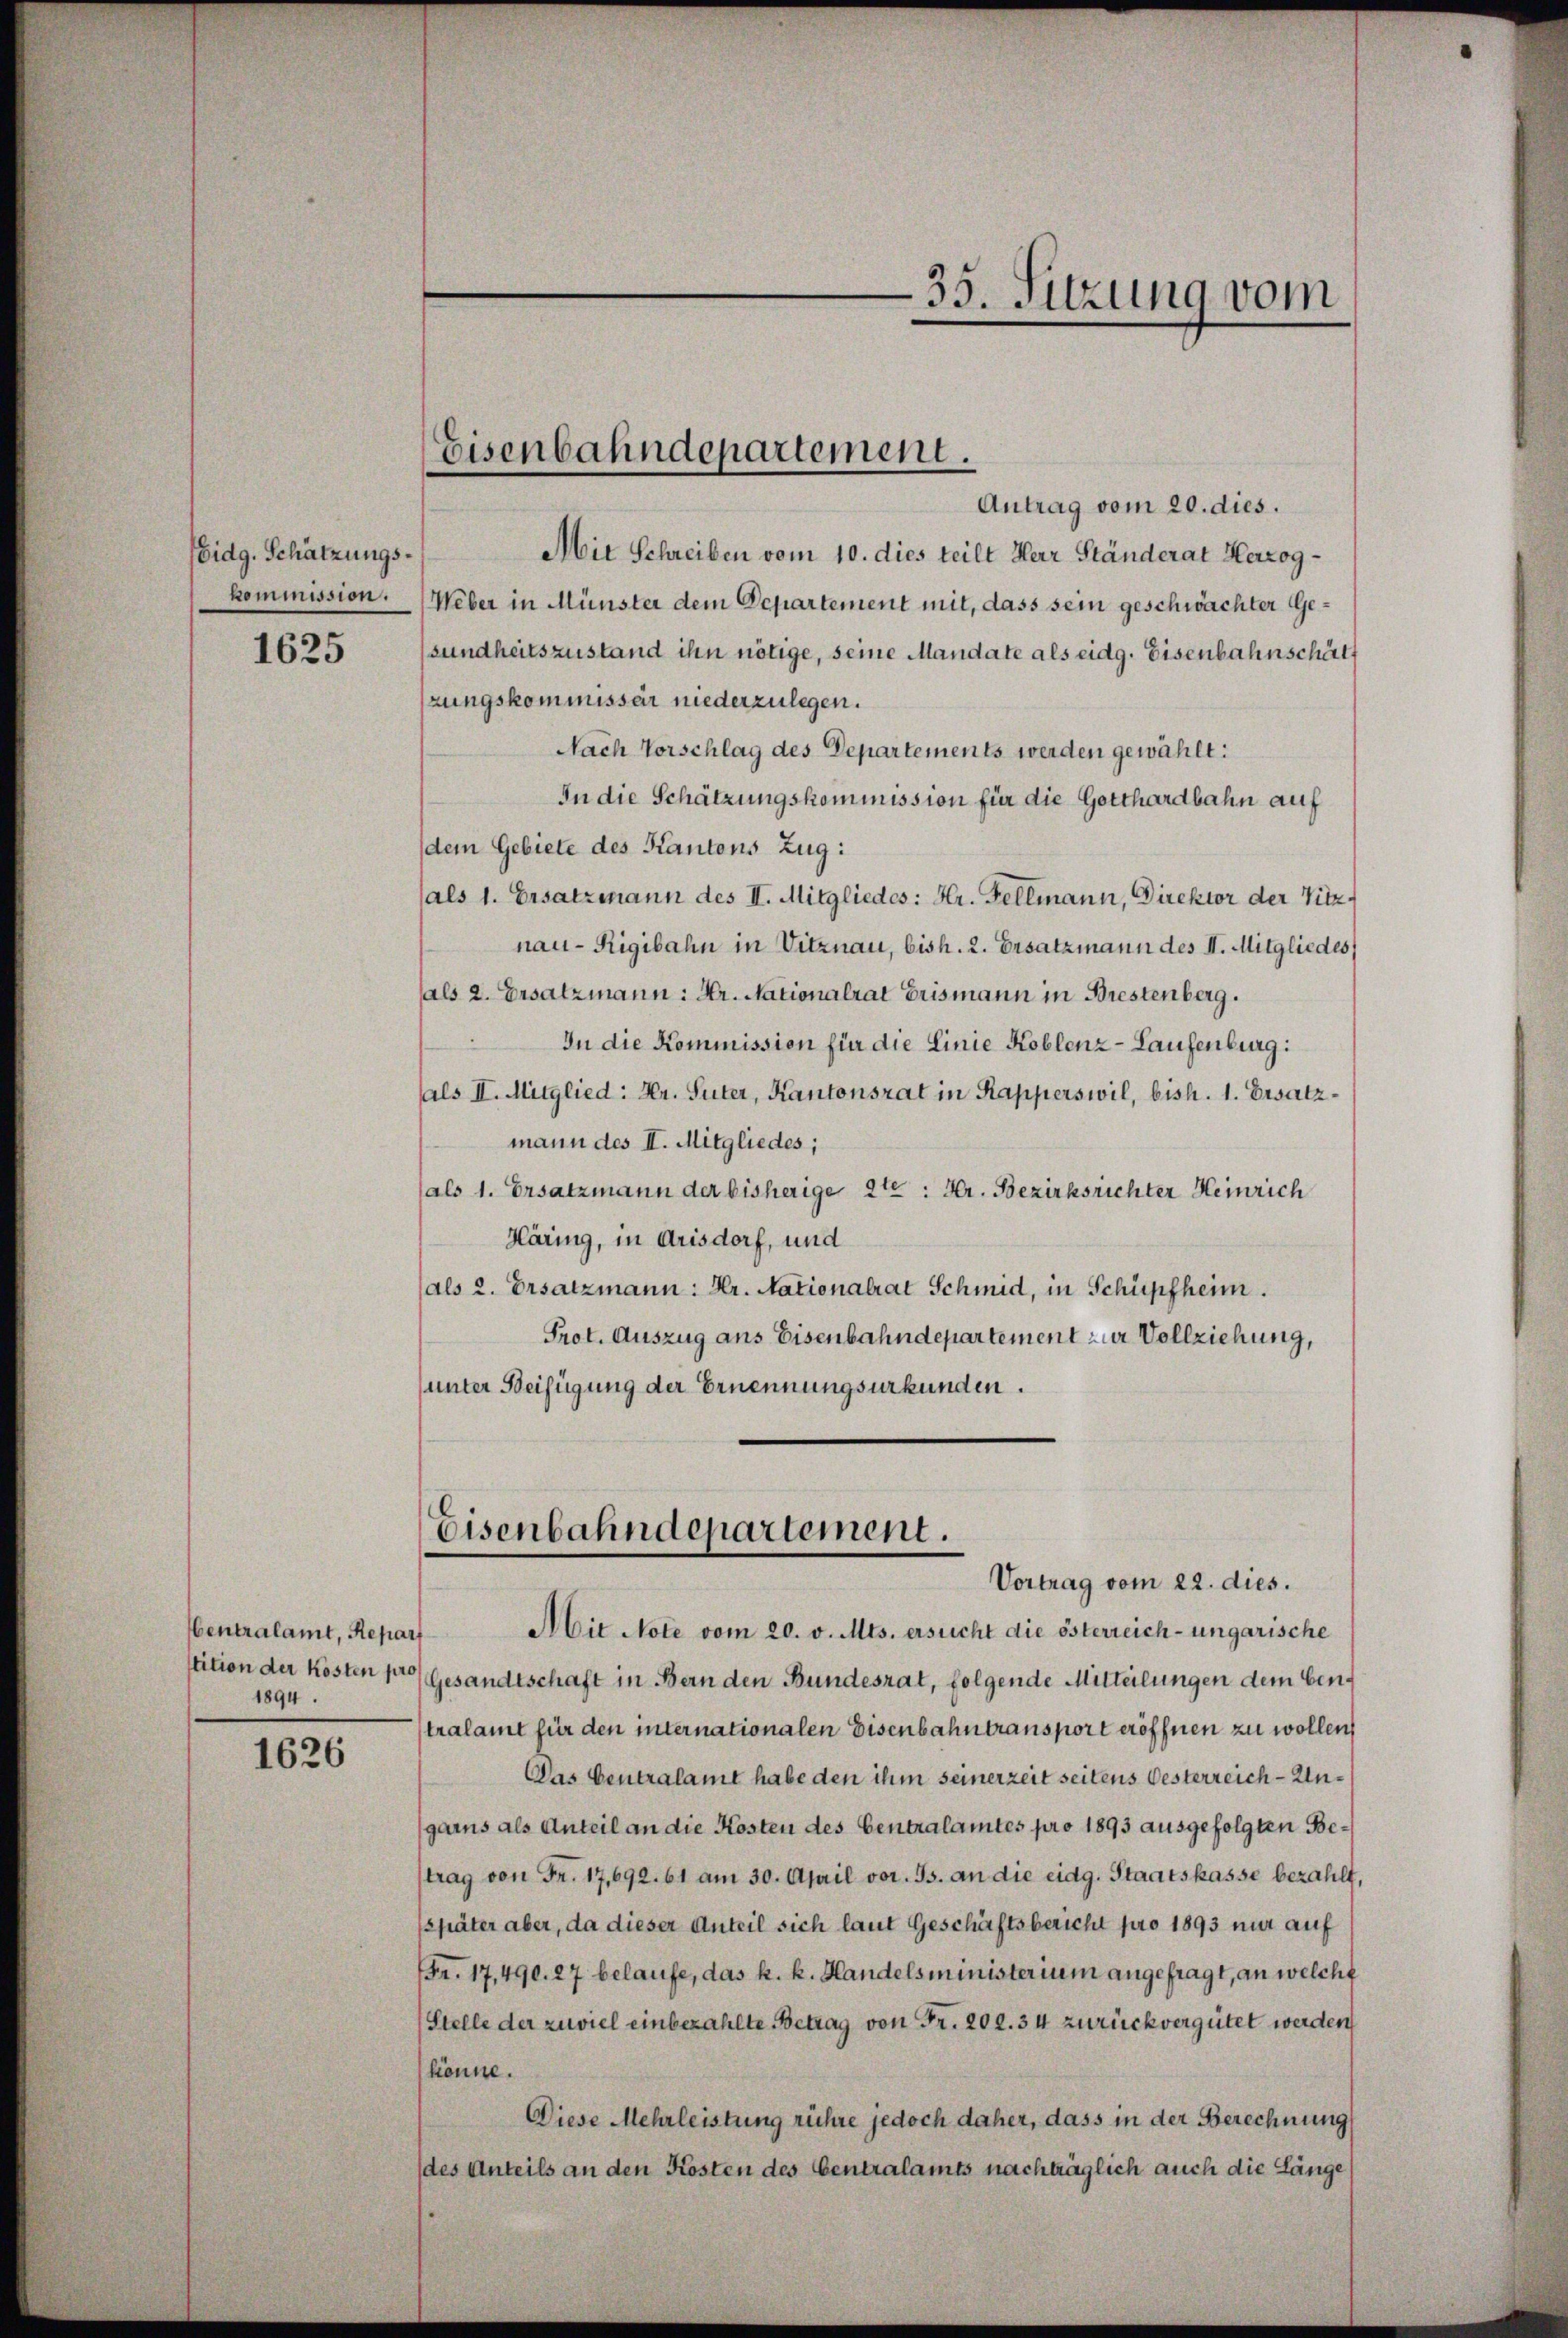
Eidg. Schätzungskommission.

1625

Centralamt, Repar
1894.

1626

Antrag vom 20. dies.
Mit Schreiben vom 10. dies teilt Herr Ständerat Herzog¬
Weber in Münster dem Departement mit, dass sein geschwächter Gesundheitszustand ihn nötige, seine Mandate als eidg. Eisenbahnschäft
zungskommissär niederzulegen.
Nach Vorschlag des Departements werden gewählt:
In die Schätzungskommission für die Gotthardbahn auf
(dem Gebiete des Kantons Zug:
(als 1. Ersatzmann des II. Mitgliedes: Hr. Fellmann, Direktor der Vitz
nau-Rigibahn in Vitznau, bish. 2. Ersatzmann des II. Mitgliedes
sals 2. Ersatzmann: Hr. Nationalrat Erismann in Brestenberg.
In die Kommission für die Linie Koblenz-Laufenburg:
als II. Mitglied: Hr. Suter, Kantonsrat in Rapperswil, bish. 1. Ersatzmann des II. Mitgliedes;
als 1. Ersatzmann der bisherige 2ten : Hr. Bezirksrichter Heinrich
Häring, in Arisdorf, und
(als 2. Ersatzmann: Hr. Nationalrat Schmid, in Schüpfheim.
Prot. Auszug ans Eisenbahndepartement zur Vollziehung,
(unter Beifügung der Ernennungsurkunden.

Eisenbahndepartement.

35. Sitzung vom

Eisenbahndepartement.
Vortrag vom 22. dies.

Aie Note vom 20. v. Mts. ersucht die österreich-ungarische
stition der Kosten pro Gesandtschaft in Bern den Bundesrat, folgende Mitteilungen dem bentralamt für den internationalen Eisenbahn transport eröffnen zu wollen,
Das Centralamt habe den ihm seinerzeit seitens Oesterreich-Ungarns als Anteil an die Kosten des Centralamtes pro 1893 ausgefolgten Betrag von Fr. 17, 692. 61 am 30. April vor. Js. an die eidg. Staatskasse bezahlt,
später aber, da dieser Anteil sich laut Geschäftsbericht pro 1893 nur auf
Fr. 17,490. 27 belaufe, das k. k. Handelsministerium angefragt, an welche
(Stelle der zuviel einbezahlte Betrag von Fr. 202. 34 zurückvergütet werden
könne.
Diese Mehrleistung rühre jedoch daher, dass in der Berechnung
(des Anteils an den Kosten des Centralamts nachträglich auch die Länge